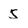
Character: 5